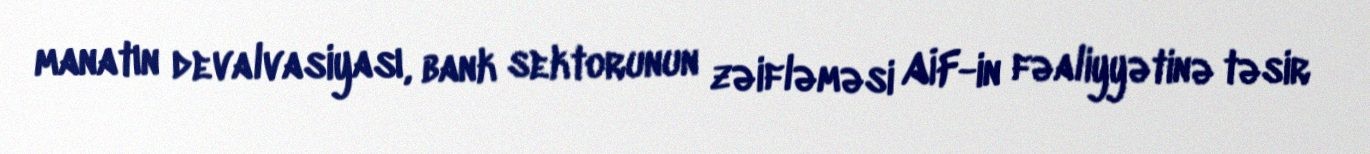
manatın devalvasiyası, bank sektorunun zəifləməsi AİF-in fəaliyyətinə təsir